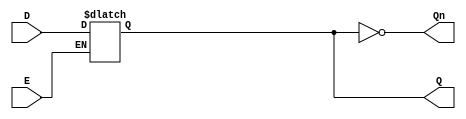
module LatchRegister (
    input wire D,      // Data input
    input wire E,      // Enable signal
    output reg Q,      // Output Q
    output wire Qn     // Complement of Q
);

// Assign the complement of Q
assign Qn = ~Q;

// Always block for latch behavior
always @(*) begin
    if (E) begin
        Q = D; // Capture data when enable is high
    end
    // If E is low, Q retains its previous state (latch behavior)
end

endmodule